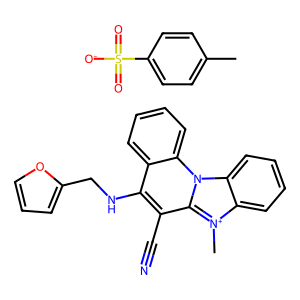
SMILES: C[n+]1c2ccccc2n2c3ccccc3c(NCc3ccco3)c(C#N)c21.Cc1ccc(S(=O)(=O)[O-])cc1
Inhibits HIV replication: No